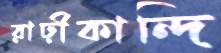
রাঢ়ীকান্দি